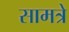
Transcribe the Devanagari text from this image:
सामत्रे